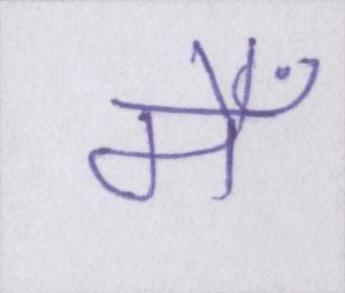
मैँ